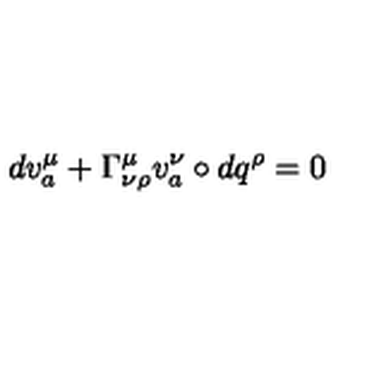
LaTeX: d v _ { a } ^ { \mu } + \Gamma _ { \nu \rho } ^ { \mu } v _ { a } ^ { \nu } \circ d q ^ { \rho } = 0